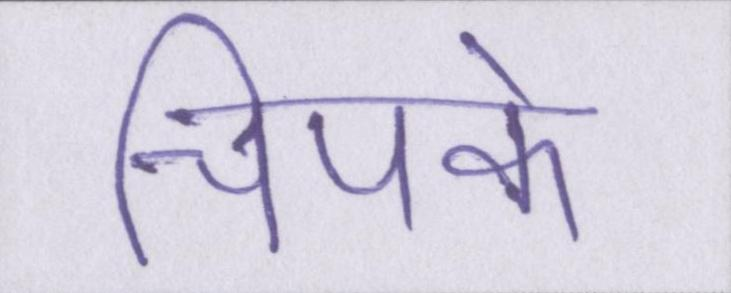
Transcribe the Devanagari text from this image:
चिपके